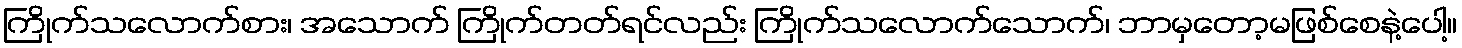
ကြိုက်သလောက်စား၊ အသောက် ကြိုက်တတ်ရင်လည်း ကြိုက်သလောက်သောက်၊ ဘာမှတော့မဖြစ်စေနဲ့ပေါ့။